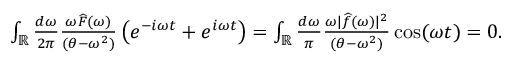
\begin{array} { r } { \int _ { \mathbb { R } } \frac { d \omega } { 2 \pi } \frac { \omega \widehat F ( \omega ) } { ( \theta - \omega ^ { 2 } ) } \left( e ^ { - i \omega t } + e ^ { i \omega t } \right) = \int _ { \mathbb { R } } \frac { d \omega } { \pi } \frac { \omega | \widehat f ( \omega ) | ^ { 2 } } { ( \theta - \omega ^ { 2 } ) } \cos ( \omega t ) = 0 . } \end{array}